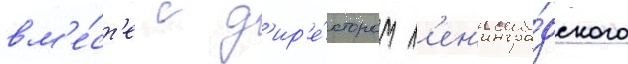
вм'е́ст'е с д'ир'е́ктором л'ен'ингра́дского